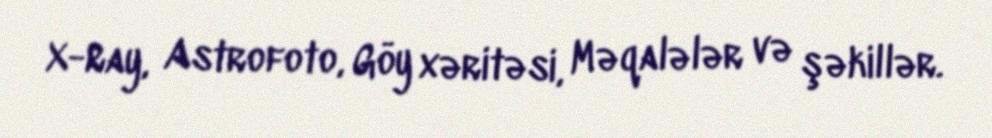
X-Ray, Astrofoto, Göy xəritəsi, Məqalələr və şəkillər.